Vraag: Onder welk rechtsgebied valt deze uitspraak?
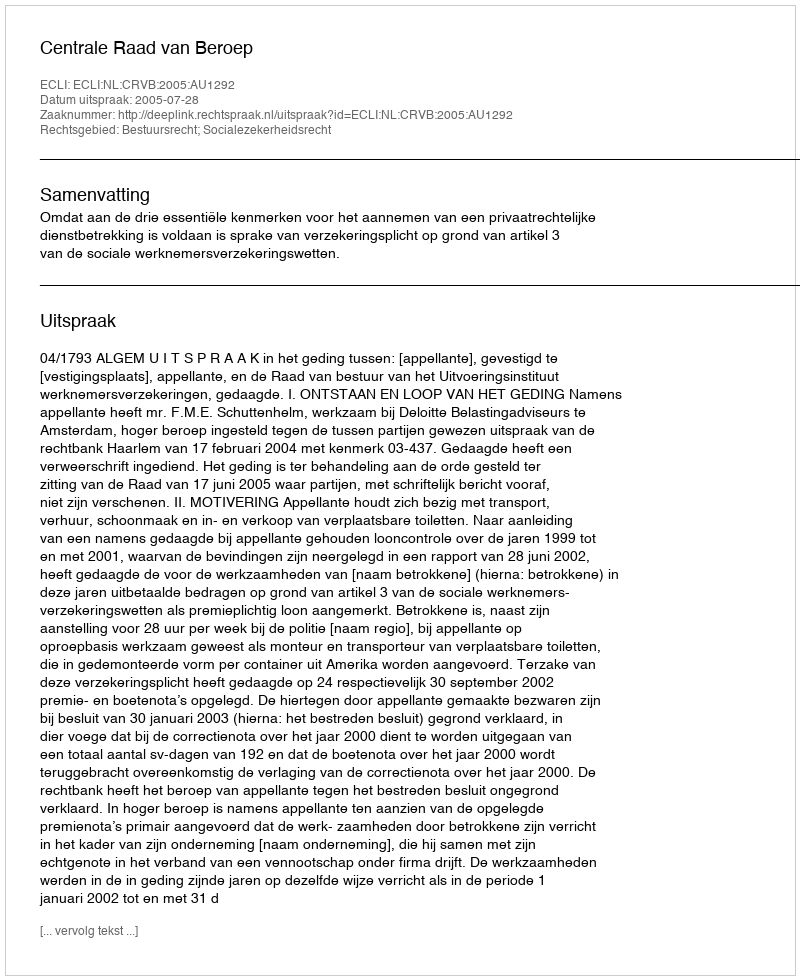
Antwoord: Bestuursrecht; Socialezekerheidsrecht